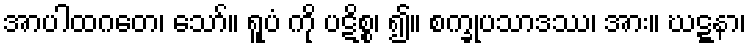
အာပါထဂတေ၊ သော်။ ရူပံ ကို ပဋိစ္စ၊ ၍။ စက္ခုပသာဒဿ၊ အား။ ဃဋ္ဋနာ၊